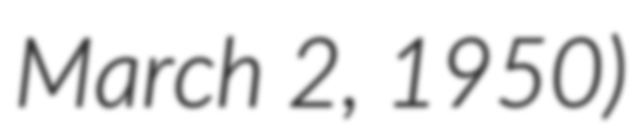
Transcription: March 2, 1950)